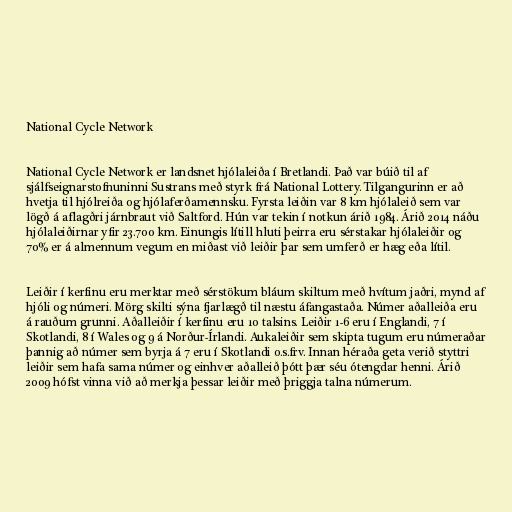
National Cycle Network

National Cycle Network er landsnet hjólaleiða í Bretlandi. Það var búið til af
sjálfseignarstofnuninni Sustrans með styrk frá National Lottery. Tilgangurinn er að
hvetja til hjólreiða og hjólaferðamennsku. Fyrsta leiðin var 8 km hjólaleið sem var
lögð á aflagðri járnbraut við Saltford. Hún var tekin í notkun árið 1984. Árið 2014 náðu
hjólaleiðirnar yfir 23.700 km. Einungis lítill hluti þeirra eru sérstakar hjólaleiðir og
70% er á almennum vegum en miðast við leiðir þar sem umferð er hæg eða lítil.

Leiðir í kerfinu eru merktar með sérstökum bláum skiltum með hvítum jaðri, mynd af
hjóli og númeri. Mörg skilti sýna fjarlægð til næstu áfangastaða. Númer aðalleiða eru
á rauðum grunni. Aðalleiðir í kerfinu eru 10 talsins. Leiðir 1-6 eru í Englandi, 7 í
Skotlandi, 8 í Wales og 9 á Norður-Írlandi. Aukaleiðir sem skipta tugum eru númeraðar
þannig að númer sem byrja á 7 eru í Skotlandi o.s.frv. Innan héraða geta verið styttri
leiðir sem hafa sama númer og einhver aðalleið þótt þær séu ótengdar henni. Árið
2009 hófst vinna við að merkja þessar leiðir með þriggja talna númerum.